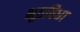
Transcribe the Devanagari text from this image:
भूतविधा